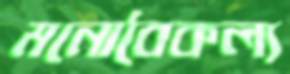
মনোবৈকল্য